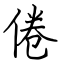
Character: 倦